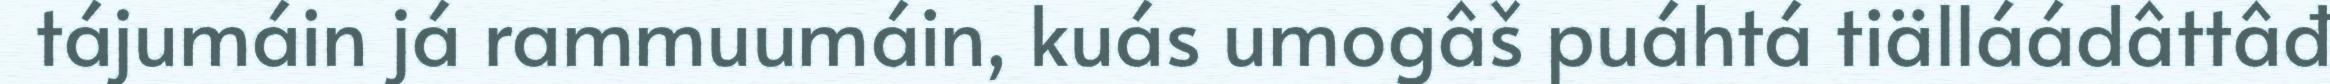
tájumáin já rammuumáin, kuás umogâš puáhtá tiälláádâttâđ